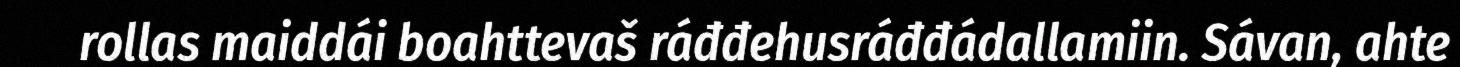
rollas maiddái boahttevaš ráđđehusráđđádallamiin. Sávan, ahte